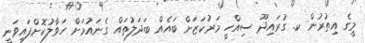
މީގެ އިތުރުން ކ. ގުރައިދޫ ސިއްހީ މަރުކަޒަށް ބައެއް ބަދަލުތައް ގެނައުމަށް ހަވާލުކޮށްފައިވަނީ